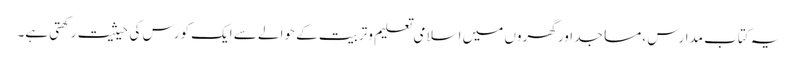
یہ کتاب مدارس ،مساجد اور گھروں میں اسلامی تعلیم وتربیت کے حوالے سے ایک کورس کی حیثیت رکھتی ہے۔